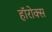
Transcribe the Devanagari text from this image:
हॉरोक्स